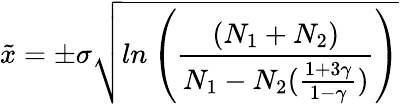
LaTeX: \tilde{x}=\pm\sigma\sqrt{ln\left(\frac{(N_{1}+N_{2})}{N_{1}-N_{2}(\frac{1+3\gamma}{1-\gamma})}\right)}